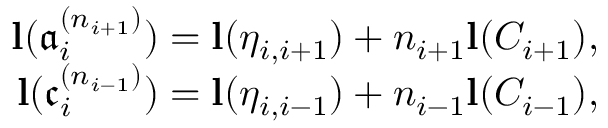
\begin{array} { r } { \mathbf { { l } } ( \mathfrak { a } _ { i } ^ { ( n _ { i + 1 } ) } ) = \mathbf { { l } } ( \eta _ { i , i + 1 } ) + n _ { i + 1 } \mathbf { { l } } ( C _ { i + 1 } ) , } \\ { \mathbf { { l } } ( \mathfrak { c } _ { i } ^ { ( n _ { i - 1 } ) } ) = \mathbf { { l } } ( \eta _ { i , i - 1 } ) + n _ { i - 1 } \mathbf { { l } } ( C _ { i - 1 } ) , } \end{array}